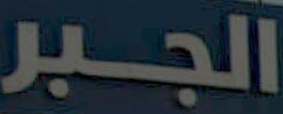
الجبر